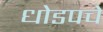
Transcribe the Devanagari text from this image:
धोडपचे